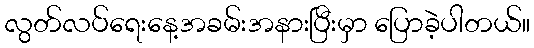
လွတ်လပ်ရေးနေ့အခမ်းအနားပြီးမှာ ပြောခဲ့ပါတယ်။